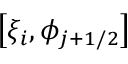
\displaystyle \big [ \xi _ { i } , \phi _ { j + 1 / 2 } \big ]